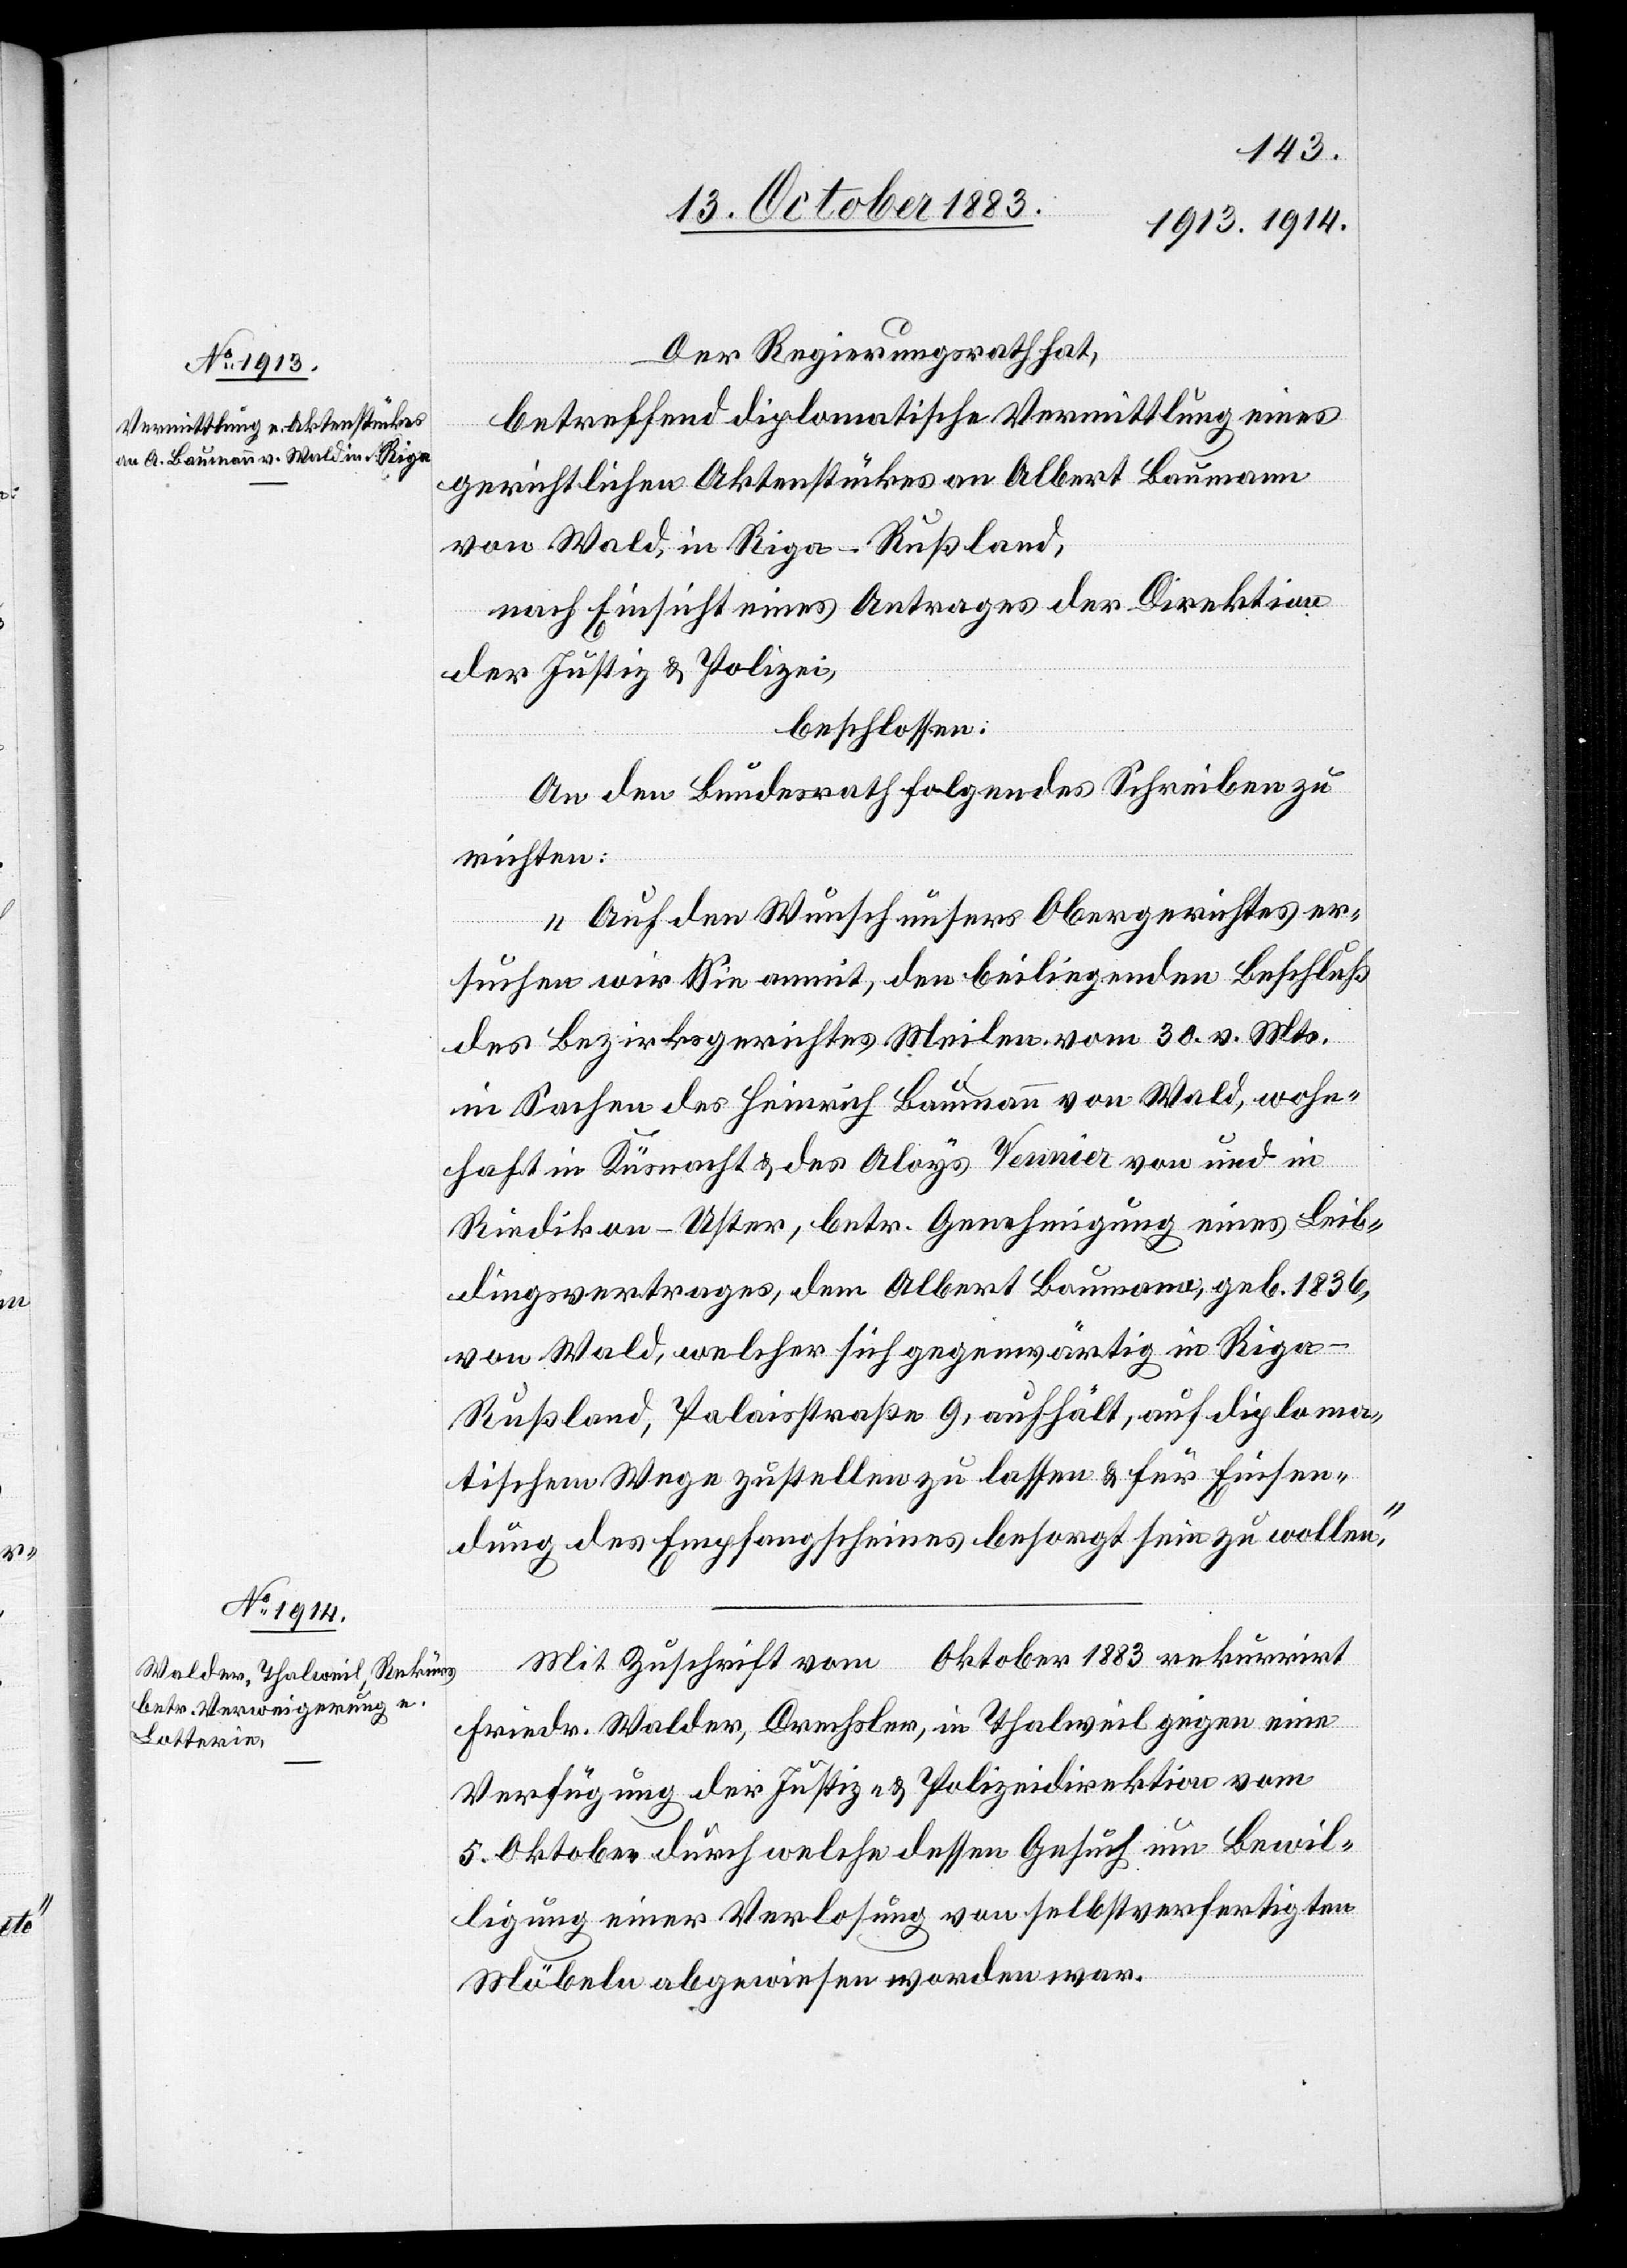
Der Regierungsrath hat,
betreffend diplomatische Vermittlung eines
gerichtlichen Aktenstückes an Albert Baumann
von Wald, in Riga - Rußland,
nach Einsicht eines Antrages der Direktion
der Justiz & Polizei,
beschlossen:
An den Bundesrath folgendes Schreiben zu
richten:
„Auf den Wunsch unsers Obergerichtes er¬
suchen wir Sie anmit, den beiliegenden Beschluß
des Bezirksgerichtes Meilen vom 30. v. Mts.
in Sachen des Heinrich Baumann von Wald, wohn¬
haft in Küsnacht & des Aloys Vennier von und in
Riedikon - Uster betr. Genehmigung eines Leib¬
dingsvertrages, dem Albert Baumann, geb. 1836,
von Wald welcher sich gegenwärtig in Riga
Rußland, Palaisstraße 9, aufhält, auf diploma¬
tischem Wege zustellen zu lassen & für Einsen¬
dung des Empfangscheines besorgt sein zu wollen.“
Mit Zuschrift vom Oktober 1883 rekurrirt
Friedr. Walder, Drechsler, in Thalweil gegen eine
Verfügung der Justiz- Polizeidirektion vom
5. Oktober durch welche dessen Gesuch um Bewil¬
ligung einer Verlosung von selbstverfertigten
Möbeln abgewiesen worden war.